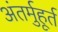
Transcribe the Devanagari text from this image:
अंतर्मुहूर्त